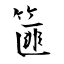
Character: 篚